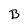
Character: B